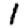
Digit: 1